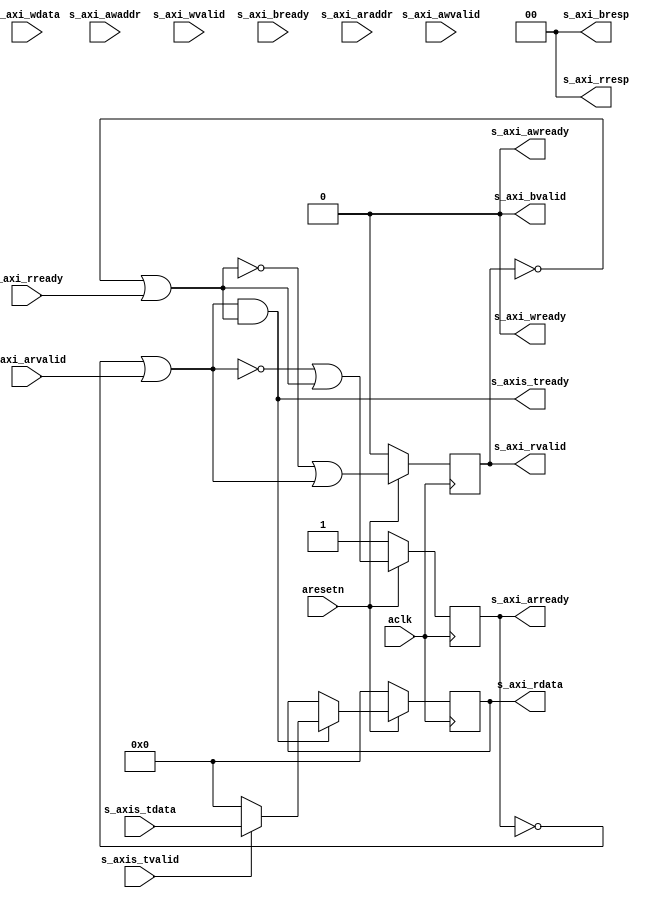
module axi_axis_reader_1 #
(
  parameter integer AXI_DATA_WIDTH = 32,
  parameter integer AXI_ADDR_WIDTH = 16
)
(
  input  wire                      aclk,
  input  wire                      aresetn,
  input  wire [AXI_ADDR_WIDTH-1:0] s_axi_awaddr,  
  input  wire                      s_axi_awvalid, 
  output wire                      s_axi_awready, 
  input  wire [AXI_DATA_WIDTH-1:0] s_axi_wdata,   
  input  wire                      s_axi_wvalid,  
  output wire                      s_axi_wready,  
  output wire [1:0]                s_axi_bresp,   
  output wire                      s_axi_bvalid,  
  input  wire                      s_axi_bready,  
  input  wire [AXI_ADDR_WIDTH-1:0] s_axi_araddr,  
  input  wire                      s_axi_arvalid, 
  output wire                      s_axi_arready, 
  output wire [AXI_DATA_WIDTH-1:0] s_axi_rdata,   
  output wire [1:0]                s_axi_rresp,   
  output wire                      s_axi_rvalid,  
  input  wire                      s_axi_rready,  
  output wire                      s_axis_tready,
  input  wire [AXI_DATA_WIDTH-1:0] s_axis_tdata,
  input  wire                      s_axis_tvalid
);
  reg int_arready_reg, int_arready_next;
  reg [AXI_DATA_WIDTH-1:0] int_rdata_reg, int_rdata_next;
  reg int_rvalid_reg, int_rvalid_next;
  wire int_ardone_wire, int_rdone_wire;
  always @(posedge aclk)
  begin
    if(~aresetn)
    begin
      int_arready_reg <= 1'b1;
      int_rdata_reg <= {(AXI_DATA_WIDTH){1'b0}};
      int_rvalid_reg <= 1'b0;
    end
    else
    begin
      int_arready_reg <= int_arready_next;
      int_rdata_reg <= int_rdata_next;
      int_rvalid_reg <= int_rvalid_next;
    end
  end
  assign int_ardone_wire = ~int_arready_reg | s_axi_arvalid;
  assign int_rdone_wire = ~int_rvalid_reg | s_axi_rready;
  always @*
  begin
    int_arready_next = ~int_ardone_wire | int_rdone_wire;
    int_rdata_next = int_rdata_reg;
    int_rvalid_next = ~int_rdone_wire | int_ardone_wire;
    if(int_ardone_wire & int_rdone_wire)
    begin
      int_rdata_next = s_axis_tvalid ? s_axis_tdata : {(AXI_DATA_WIDTH){1'b0}};
    end
  end
  assign s_axi_awready = 1'b0;
  assign s_axi_wready = 1'b0;
  assign s_axi_bresp = 2'd0;
  assign s_axi_bvalid = 1'b0;
  assign s_axi_arready = int_arready_reg;
  assign s_axi_rdata = int_rdata_reg;
  assign s_axi_rresp = 2'd0;
  assign s_axi_rvalid = int_rvalid_reg;
  assign s_axis_tready = int_ardone_wire & int_rdone_wire;
endmodule